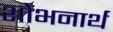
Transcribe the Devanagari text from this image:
शोभनार्थ